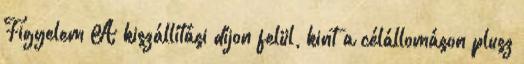
Figyelem A kiszállítási díjon felül, kint a célállomáson plusz